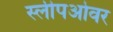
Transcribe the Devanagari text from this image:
स्लीपओवर